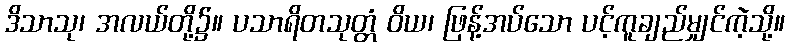
ဒိသာသု၊ အလယ်တို့၌။ ပသာရိတသုတ္တံ ဝိယ၊ ဖြန့်အပ်သော ပင့်ကူချည်မျှင်ကဲ့သို့။